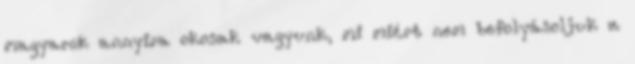
magyarok annyira okosak vagyunk, mi miért nem befolyásoljuk a